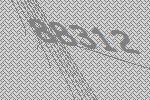
88312